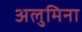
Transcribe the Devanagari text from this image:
अलुमिना